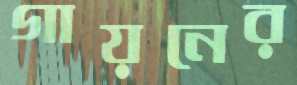
গায়নের